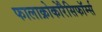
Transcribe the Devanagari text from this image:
फालाक्रोकोरैसिफॉर्म्स